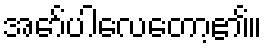
အော်ပါလေတော့၏။